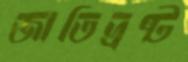
জাতিভ্রষ্ট